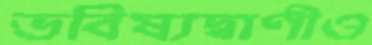
ভবিষ্যদ্বাণীও